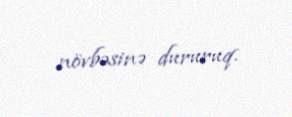
növbəsinə dururuq.